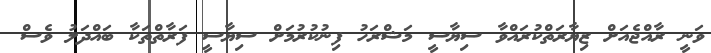
ވަނީ ރާއްޖެއަށް ޒިޔާރަތްކުރައްވާ ސިޔާސީ މަޝްރަހު ފިނުކުރުމަށް ސިޔާސީ ފަރާތްތަކާ ބައްދަލު ވެސް